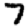
Digit: 7